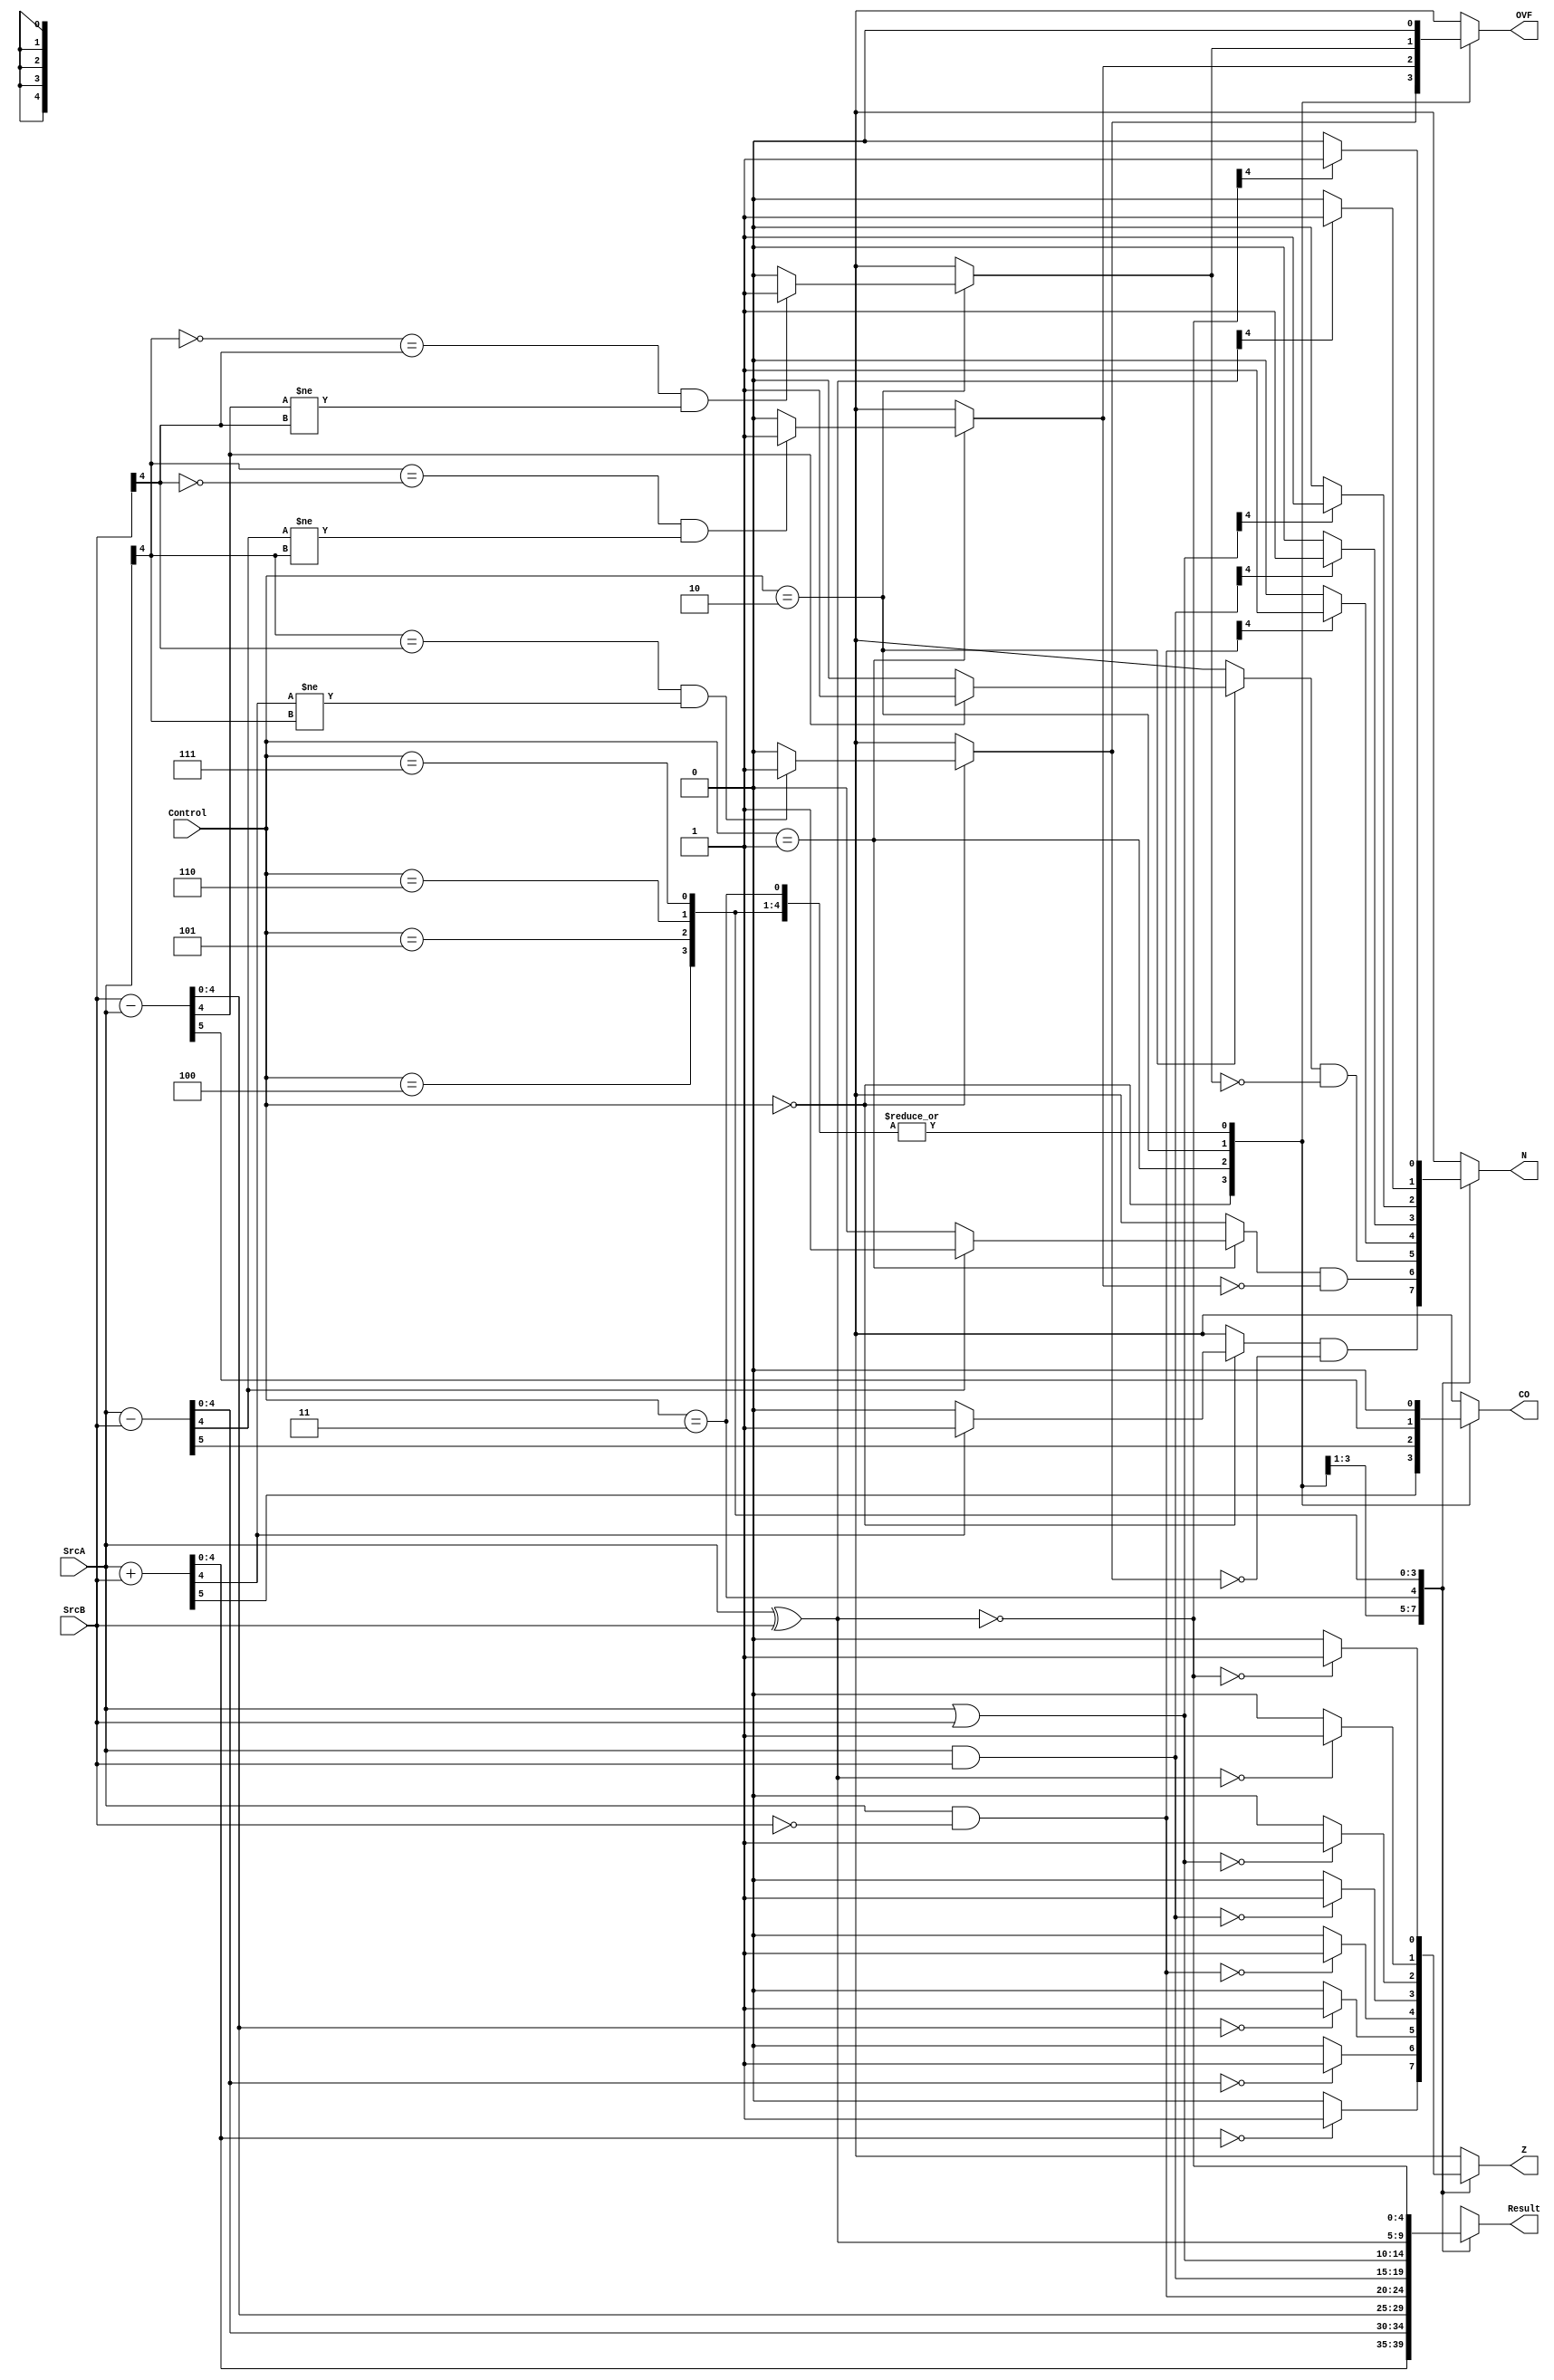
module ALU
	#(parameter W = 5) (SrcA, SrcB, Control, Result, CO, OVF, N, Z);
	
	//W-bit Inputs
	input wire [W-1:0] SrcA, SrcB;
	//3 bit Control Signal
	input [2:0] Control;
	//N-bit Result
	output reg [W-1:0] Result;
	//Status Flags
	output reg CO, OVF, N, Z;

	reg [W-1:0] temp_add;
	
	
	always @(*) begin
		case(Control)
			3'b000: begin //Addition
						{CO,Result} = {1'b0,SrcA} + {1'b0,SrcB};
						if((SrcA[W-1] == SrcB[W-1]) && (Result[W-1]!=SrcA[W-1])) OVF=1'b1;
						else OVF=1'b0;
						if(Result[W-1] == 1'b1) N=1'b1;
						else N=1'b0; //Negative flag
						N = N & (~OVF); //When OVF=1 N should be 0
						if(Result == 0) Z=1'b1;
						else Z=1'b0;
			end//End of Addition case
			3'b001: begin //SubtractionAB
						{CO,Result} = {1'b0,SrcA} - {1'b0,SrcB};
						if((SrcA[W-1] == ~SrcB[W-1]) && (Result[W-1]!=SrcA[W-1])) OVF=1'b1;
						else OVF=1'b0;
						//If Result is a different sign then the inputs then overflow.
						if(Result[W-1] == 1'b1) N=1'b1;
						else N=1'b0; //Negative flag
						N = N & (~OVF); //When OVF=1 N should be 0
						if(Result == 0) Z=1'b1;
						else Z=1'b0;
			end // End of SubtractionAB
			3'b010: begin //SubtractionBA
						{CO,Result} = {1'b0,SrcB} - {1'b0,SrcA};
						if((~SrcA[W-1] == SrcB[W-1]) && (Result[W-1]!=SrcB[W-1])) OVF=1'b1;
						else OVF=1'b0;
						if(Result[W-1] == 1'b1) N=1'b1;
						else N=1'b0; //Negative flag
						N = N & (~OVF); //When OVF=1 N should be 0
						if(Result == 0) Z=1'b1;
						else Z=1'b0;
			end // End of SubtractionBA
			3'b011: begin //BitClear
						Result = SrcA & (~SrcB);
						if(Result == 0) Z=1'b1;
						else Z=1'b0;
						if(Result[W-1] == 1'b1) N=1'b1;
						else N=1'b0; //Negative flag
						CO=1'b0;
						OVF=1'b0;
			end//End of BitClear
			3'b100: begin //AND
						Result = SrcA & SrcB;
						if(Result == 0) Z=1'b1;
						else Z=1'b0;
						if(Result[W-1] == 1'b1) N=1'b1;
						else N=1'b0; //Negative flag
						CO=1'b0;
						OVF=1'b0;
			end // End of AND
			3'b101: begin //OR
						Result = SrcA | SrcB;
						if(Result == 0) Z=1'b1;
						else Z=1'b0;
						if(Result[W-1] == 1'b1) N=1'b1;
						else N=1'b0; //Negative flag
						CO=1'b0;
						OVF=1'b0;
			end // End of OR
			3'b110: begin //EXOR
						Result = SrcA ^ SrcB;
						if(Result == 0) Z=1'b1;
						else Z=1'b0;
						if(Result[W-1] == 1'b1) N=1'b1;
						else N=1'b0; //Negative flag
						CO=1'b0;
						OVF=1'b0;
			end //End of EXOR
			3'b111: begin //EXNOR
						Result = ~(SrcA ^ SrcB);
						if(Result == 0) Z=1'b1;
						else Z=1'b0;
						if(Result[W-1] == 1'b1) N=1'b1;
						else N=1'b0; //Negative flag
						CO=1'b0;
						OVF=1'b0;
			end //End of EXNOR
			endcase
	end
	
endmodule